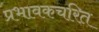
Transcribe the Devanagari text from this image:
प्रभावकचरित